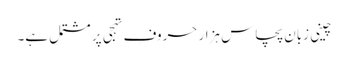
چینی زبان پچاس ہزار حروفِ تہجی پر مشتمل ہے۔